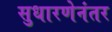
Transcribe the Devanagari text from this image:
सुधारणेनंतर